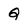
Character: Q